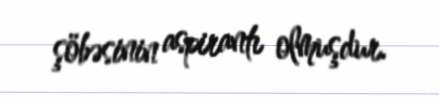
şöbəsinin aspirantı olmuşdur.